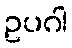
ဥပဂါ